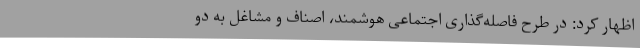
اظهار کرد: در طرح فاصله‌گذاری اجتماعی هوشمند، اصناف و مشاغل به دو